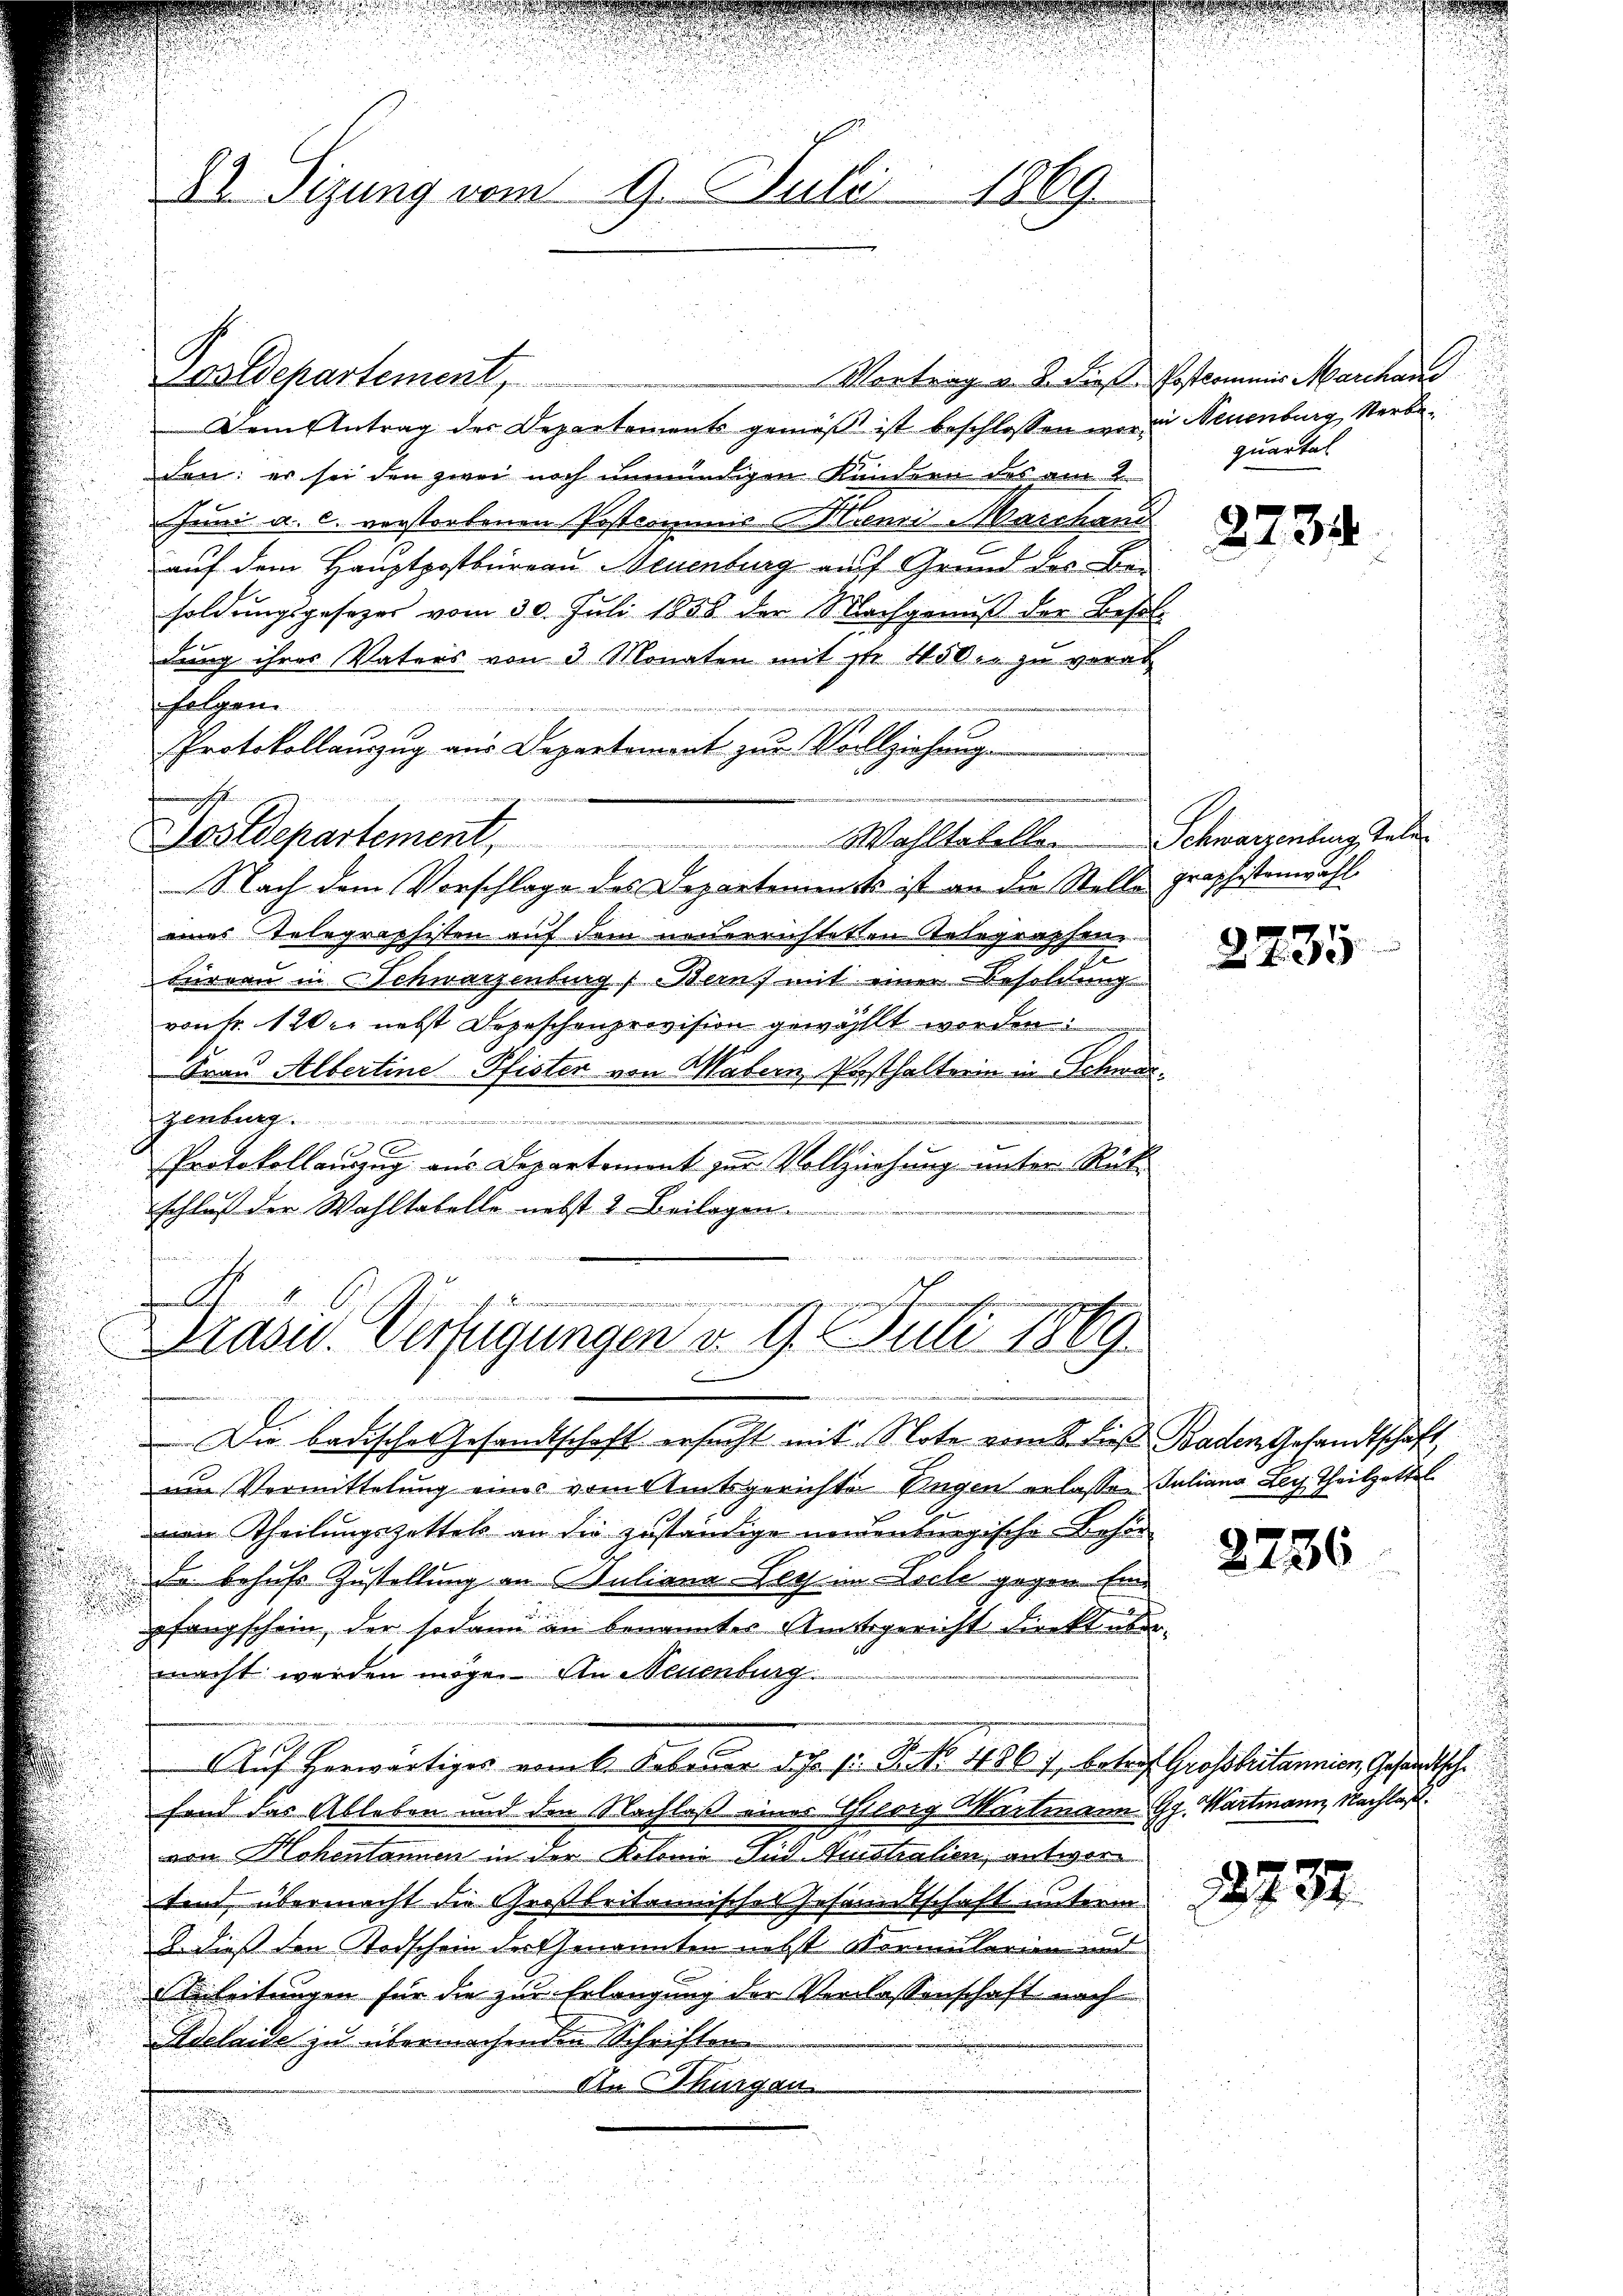
Dr. Sizung vom 9. Julii 1869

Bstdepartement,

Dem Antrag der Departements gemäß ist beschlossen waren Neuenburg, Sterbeden: er sei den zwei noch unmündigen Kundern des am 2.
Juni a. c. verstorbenen Postcommis Mini Marchand
auf dem Hauptpostbureau Neuenburg auf Grund des Be-
soldungsgesezes vom 30. Juli 1858 der Nachgenuß der Besoldung ihres Vaters von 3 Monaten mit 1t 450. zu verab
folgen
Protokollauszug aus Departement zur Vollziehung.
Nach dem Vorschlage des Departements ist an die Stelle graphistenwahl
eines Telegraphisten auf dem neuerrichteten Telegraphen
E
büreau in Schwarzenburg (Bern mit einer Besoldung
von Nr. 1 Wer nebst Depeschenprovision gewählt werden.
Frau Albertine Pfister von Wabern Posthalterin in Schwarenburg
36
Protokollauszug aus Departement zur Vollziehung unter Rüt
schluß der Wahltabelle nebst 2. Beilagen
fl
Krasu. Verfügungen v. 9. Juli 1869
d
e
Die badische Gesandtschaft ersucht mit Note vom 2. Die Badem Gesandtschaft
um Vermittelung eines vom Amtsgerichte Bügen erlaßen Juliana Ley Theilzettel
nen Theilungszettels an die zuständige neuenburgische Behördr behufs Zustellung an Juliana Ley im Docte gegen Einpfangschein, der sodann in benanntes Amtsgericht denkt übermacht werden möge. An Neuenburg
Auch herwärtiges vom Februar der pr. J. N. 486 f. betref Grossbritannien, Gesandtsche
fand das Ableben und den Nachlaß einer Georg Martmann G. Wartmann Nachlaßvon Hohentanien in der Koloni Sud Austration, entwor
tent übermacht die Großbritannischer Gesandtschaft unterm
2. dieß den Todschein der Genannten nebst Vormularien und
leitungen für die zur Erlangung der Verlassenschaft nach
Adelaide zu übermachenden Schriften
Die Thurgau
r

Postdepartement Wahltabeller Schwarzenburg, Tele

Vortrag u. B. die Postcommis Marchans

quartal

2234

2235

2786

2234.